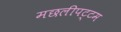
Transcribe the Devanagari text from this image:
मछलीपट्टम